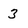
Character: 3